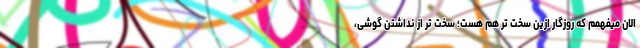
الان میفهمم که روزگار ازین سخت تر هم هست؛ سخت تر از نداشتن گوشی،